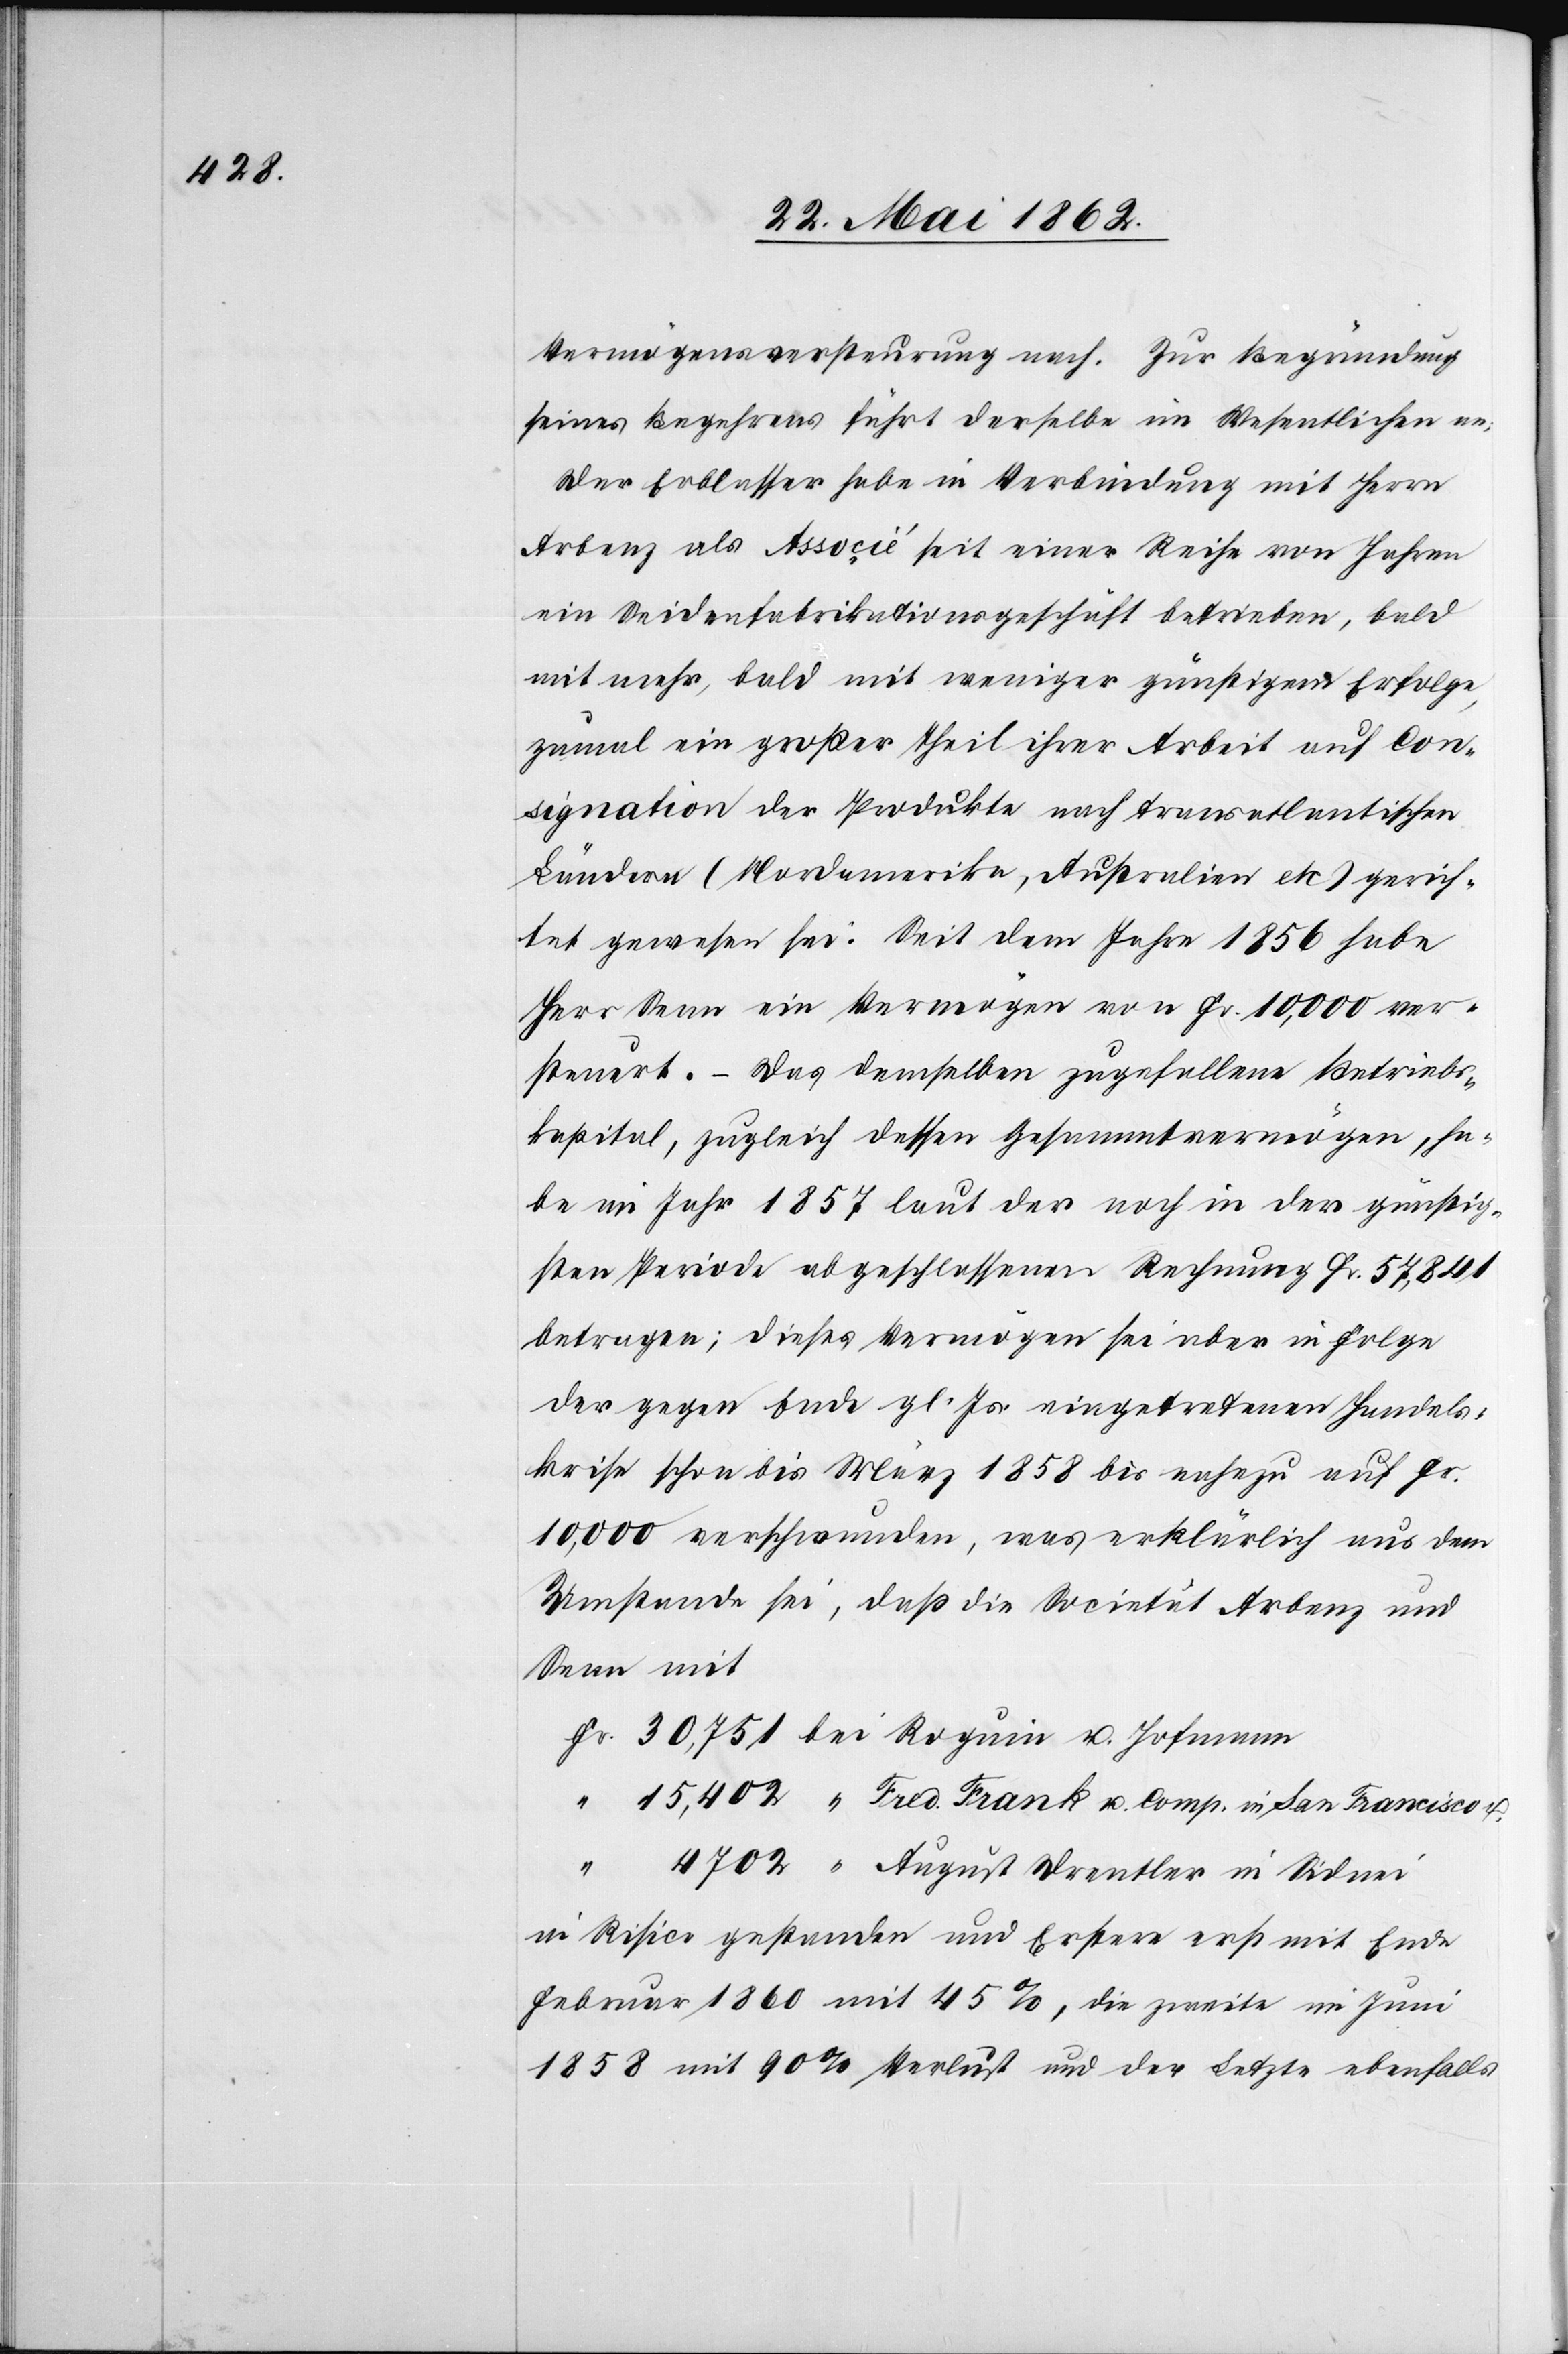
Vermögensversteurung nach. Zur Begründung
seines Begehrens führt derselbe im Wesentlichen an:
Der Erblasser habe in Verbindung mit Herrn
Arbenz als Associé seit einer Reihe von Jahren
ein Seidenfabrikationsgeschäft betrieben, bald
mit mehr, bald mit weniger günstigem Erfolge,
zumal ein großer Theil ihrer Arbeit auf Con¬
signation der Produkte nach transatlantischen
Ländern (Nordamerika, Australien etc) gerich¬
tet gewesen sei: Seit dem Jahr 1856 habe
Herr Senn ein Vermögen von Fr. 10,000 ver¬
steuert. – Das demselben zugefallene Betriebs¬
kapital, zugleich dessen Gesammtvermögen, ha¬
be im Jahr 1857 laut der noch in der günstig¬
sten Periode abgeschlossenen Rechnung Fr. 57,841
betragen; dieses Vermögen sei aber in Folge
der gegen Ende gl. Js. eingetretenen Handels¬
krise schon bis März 1858 bis nahezu auf Fr.,
10,000 verschwunden, was erklärlich aus dem
Umstande sei, daß die Societät Arbenz und
Senn mit
San
August Drentler in Sidnei.
in Risico gestanden und Erstere erst mit Ende
Februar 1860 mit 45%, die zweite im Juni
1858 mit 90% Verlust und der Letzte ebenfalls